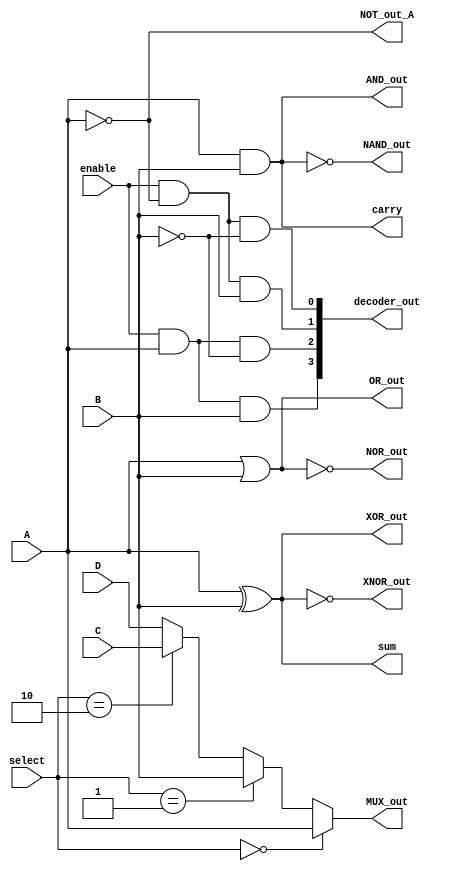
module combinational_logic_blocks (
    // Inputs
    input wire A, B, C, D, // Example inputs
    input wire [1:0] select, // For MUX
    input wire enable, // For decoder
    // Outputs
    output wire AND_out,
    output wire OR_out,
    output wire NOT_out_A,
    output wire NAND_out,
    output wire NOR_out,
    output wire XOR_out,
    output wire XNOR_out,
    output wire MUX_out,
    output wire [3:0] decoder_out, // 2-to-4 decoder output
    output wire sum, // Half adder sum output
    output wire carry // Half adder carry output
);

// AND operation
assign AND_out = A & B;

// OR operation
assign OR_out = A | B;

// NOT operation
assign NOT_out_A = ~A;

// NAND operation
assign NAND_out = ~(A & B);

// NOR operation
assign NOR_out = ~(A | B);

// XOR operation
assign XOR_out = A ^ B;

// XNOR operation
assign XNOR_out = ~(A ^ B);

// 2-to-1 Multiplexer
assign MUX_out = (select == 2'b00) ? A :
                 (select == 2'b01) ? B :
                 (select == 2'b10) ? C :
                 D; // Default to D if select is 2'b11

// 2-to-4 Decoder
assign decoder_out[0] = enable & ~A & ~B; // 00
assign decoder_out[1] = enable & ~A &  B; // 01
assign decoder_out[2] = enable &  A & ~B; // 10
assign decoder_out[3] = enable &  A &  B; // 11

// Half Adder
assign sum = A ^ B; // Sum output
assign carry = A & B; // Carry output

endmodule